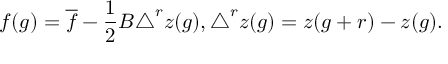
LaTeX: f ( g ) = \overline { { { f } } } - \frac { 1 } { 2 } B \triangle ^ { r } z ( g ) , \triangle ^ { r } z ( g ) = z ( g + r ) - z ( g ) .